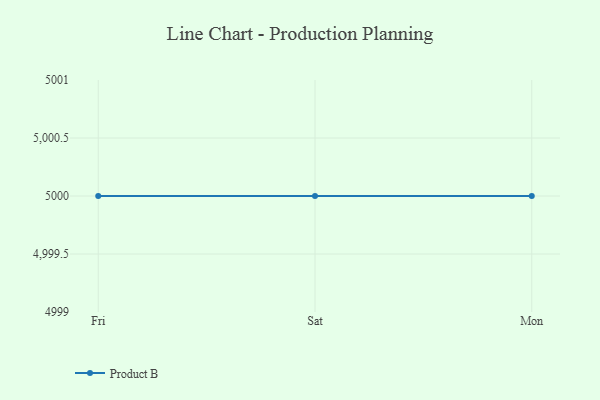
{"axis": {"x": "Day", "y": "Gross Profit (USD K)"}, "legend": ["Product B"], "data": [{"x": "Fri", "y": 5000, "type": "Product B"}, {"x": "Sat", "y": 5000, "type": "Product B"}, {"x": "Mon", "y": 5000, "type": "Product B"}]}